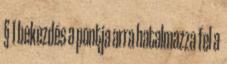
§ 1 bekezdés a pontja arra hatalmazza fel a